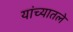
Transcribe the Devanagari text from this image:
यांच्यातले